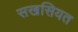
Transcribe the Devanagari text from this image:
सखसियत